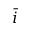
\bar { i }